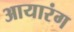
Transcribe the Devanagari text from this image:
आयारंग